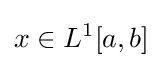
x\in L^{1}[a,b]